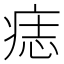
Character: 痣